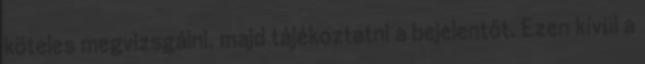
köteles megvizsgálni, majd tájékoztatni a bejelentőt. Ezen kívül a